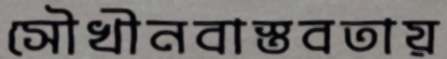
সৌখীনবাস্তবতায়